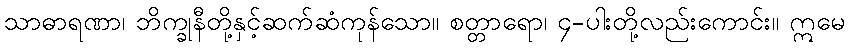
သာဓာရဏာ၊ ဘိက္ခုနီတို့နှင့်ဆက်ဆံကုန်သော။ စတ္တာရော၊ ၄-ပါးတို့လည်းကောင်း။ ဣမေ